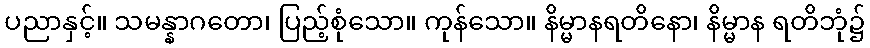
ပညာနှင့်။ သမန္နာဂတော၊ ပြည့်စုံသော။ ကုန်သော။ နိမ္မာနရတိနော၊ နိမ္မာန ရတိဘုံ၌